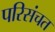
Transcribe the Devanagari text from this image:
परिसंचत